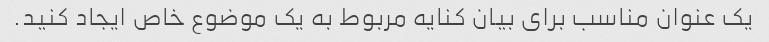
یک عنوان مناسب برای بیان کنایه مربوط به یک موضوع خاص ایجاد کنید.